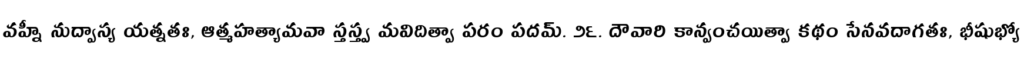
వహ్నీ నుద్వాస్య యత్నతః, ఆత్మహత్యామవా స్తస్త్వ మవిదిత్వా పరం పదమ్. ౨౬. దౌవారి కాన్వంచయిత్వా కథం సేనవదాగతః, భీషుభ్యో